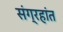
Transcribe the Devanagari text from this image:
संग्रहांत